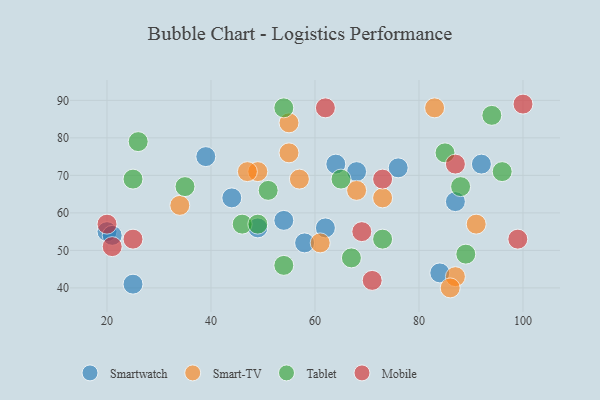
{"axis": {"x": "GDP", "y": "Life Expectancy"}, "legend": ["Mobile", "Smart-TV", "Smartwatch", "Tablet"], "data": [{"x": "20", "y": 55, "type": "Smartwatch"}, {"x": "87", "y": 63, "type": "Smartwatch"}, {"x": "44", "y": 64, "type": "Smartwatch"}, {"x": "54", "y": 58, "type": "Smartwatch"}, {"x": "25", "y": 41, "type": "Smartwatch"}, {"x": "64", "y": 73, "type": "Smartwatch"}, {"x": "49", "y": 56, "type": "Smartwatch"}, {"x": "76", "y": 72, "type": "Smartwatch"}, {"x": "62", "y": 56, "type": "Smartwatch"}, {"x": "58", "y": 52, "type": "Smartwatch"}, {"x": "21", "y": 54, "type": "Smartwatch"}, {"x": "84", "y": 44, "type": "Smartwatch"}, {"x": "68", "y": 71, "type": "Smartwatch"}, {"x": "92", "y": 73, "type": "Smartwatch"}, {"x": "39", "y": 75, "type": "Smartwatch"}, {"x": "83", "y": 88, "type": "Smart-TV"}, {"x": "49", "y": 71, "type": "Smart-TV"}, {"x": "55", "y": 76, "type": "Smart-TV"}, {"x": "34", "y": 62, "type": "Smart-TV"}, {"x": "47", "y": 71, "type": "Smart-TV"}, {"x": "61", "y": 52, "type": "Smart-TV"}, {"x": "73", "y": 64, "type": "Smart-TV"}, {"x": "55", "y": 84, "type": "Smart-TV"}, {"x": "87", "y": 43, "type": "Smart-TV"}, {"x": "68", "y": 66, "type": "Smart-TV"}, {"x": "57", "y": 69, "type": "Smart-TV"}, {"x": "86", "y": 40, "type": "Smart-TV"}, {"x": "91", "y": 57, "type": "Smart-TV"}, {"x": "25", "y": 69, "type": "Tablet"}, {"x": "35", "y": 67, "type": "Tablet"}, {"x": "73", "y": 53, "type": "Tablet"}, {"x": "46", "y": 57, "type": "Tablet"}, {"x": "96", "y": 71, "type": "Tablet"}, {"x": "54", "y": 88, "type": "Tablet"}, {"x": "85", "y": 76, "type": "Tablet"}, {"x": "88", "y": 67, "type": "Tablet"}, {"x": "94", "y": 86, "type": "Tablet"}, {"x": "51", "y": 66, "type": "Tablet"}, {"x": "49", "y": 57, "type": "Tablet"}, {"x": "65", "y": 69, "type": "Tablet"}, {"x": "89", "y": 49, "type": "Tablet"}, {"x": "67", "y": 48, "type": "Tablet"}, {"x": "26", "y": 79, "type": "Tablet"}, {"x": "54", "y": 46, "type": "Tablet"}, {"x": "71", "y": 42, "type": "Mobile"}, {"x": "25", "y": 53, "type": "Mobile"}, {"x": "87", "y": 73, "type": "Mobile"}, {"x": "20", "y": 57, "type": "Mobile"}, {"x": "62", "y": 88, "type": "Mobile"}, {"x": "100", "y": 89, "type": "Mobile"}, {"x": "21", "y": 51, "type": "Mobile"}, {"x": "69", "y": 55, "type": "Mobile"}, {"x": "99", "y": 53, "type": "Mobile"}, {"x": "73", "y": 69, "type": "Mobile"}]}